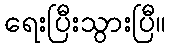
ရေးပြီးသွားပြီ။